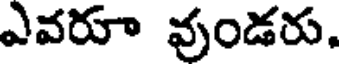
ఎవరూ వుండరు.